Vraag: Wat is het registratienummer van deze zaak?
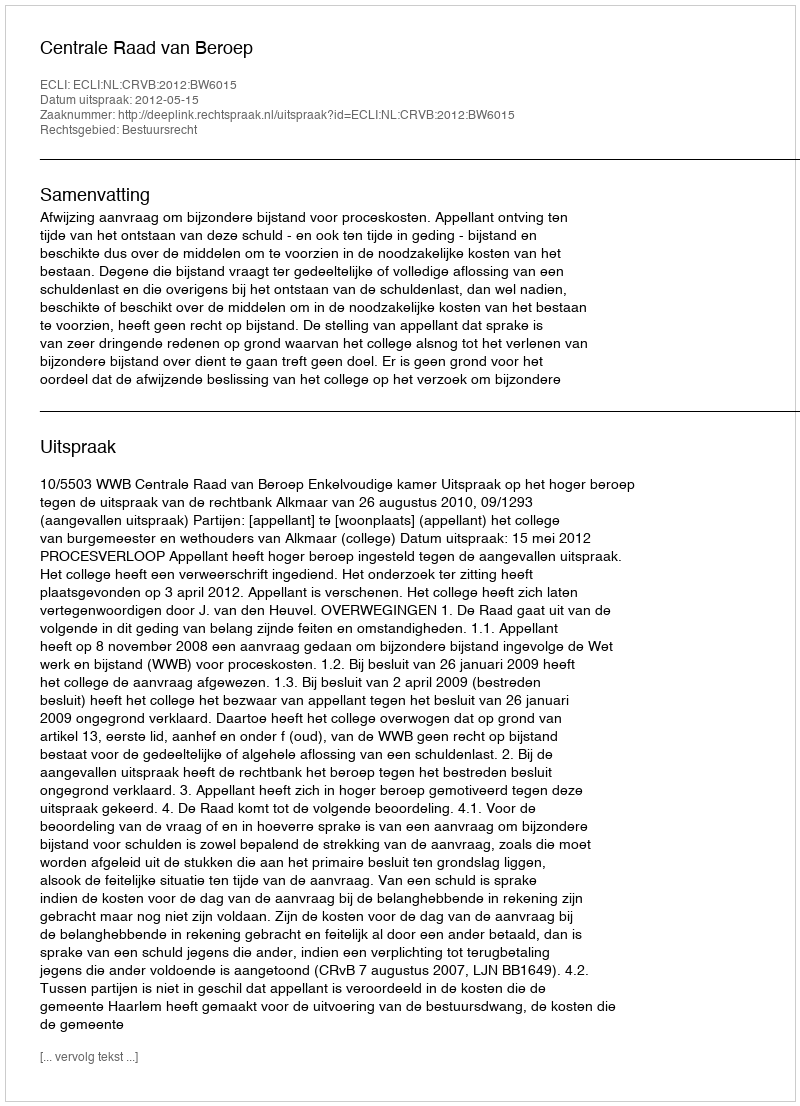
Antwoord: http://deeplink.rechtspraak.nl/uitspraak?id=ECLI:NL:CRVB:2012:BW6015